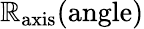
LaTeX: \mathbb{R}_{\textrm{{axis}}}({\textrm{{angle}}})